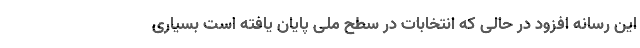
این رسانه افزود در حالی که انتخابات در سطح ملی پایان یافته است بسیاری